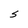
Character: S